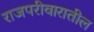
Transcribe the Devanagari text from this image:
राजपरीवारातील